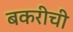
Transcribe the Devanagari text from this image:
बकरीची